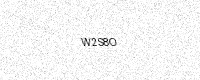
Text: W2S8O